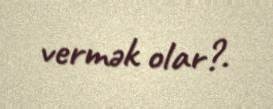
vermək olar?.